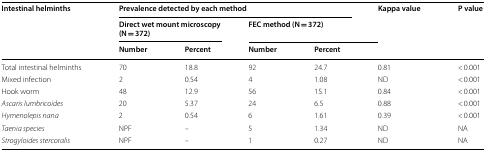
| <ROWSPAN=3> Intestinal helminths | <COLSPAN=4> Prevalence detected by each method | <ROWSPAN=3> Kappa value | <ROWSPAN=3> P value |
 | <COLSPAN=2> Direct wet mount microscopy (N = 372) | <COLSPAN=2> FEC method (N = 372) |
 | Number | Percent | Number | Percent |
 | --- | --- | --- | --- | --- | --- | --- |
 | Total intestinal helminths | 70 | 18.8 | 92 | 24.7 | 0.81 | < 0.001 |
 | Mixed infection | 2 | 0.54 | 4 | 1.08 | ND | < 0.001 |
 | Hook worm | 48 | 12.9 | 56 | 15.1 | 0.84 | < 0.001 |
 | Ascaris lumbricoides | 20 | 5.37 | 24 | 6.5 | 0.88 | < 0.001 |
 | Hymenolepis nana | 2 | 0.54 | 6 | 1.61 | 0.39 | < 0.001 |
 | Taenia species | NPF | – | 5 | 1.34 | ND | NA |
 | Strogyloides stercoralis | NPF | – | 1 | 0.27 | ND | NA |